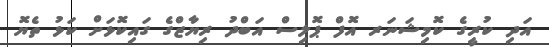
އަދި ކުރީގެ ކޮމިޝަނަރ އޮފް ޕޮލިސް އަބްދު ރިޔާޒްގެ ގައިކޮޅަށް ކަޅު ތެޔޮ